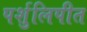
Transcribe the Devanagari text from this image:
पर्शुलिपीत